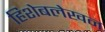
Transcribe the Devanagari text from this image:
हिशेबलेखन